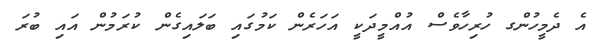
އެ ދެމީހުންގ ހުރިހާވެސް އުއްމީދަކީ އަހަރެން ކަމުގައި ބަލައިގެން ކުރަމުން އައި ބުރަ